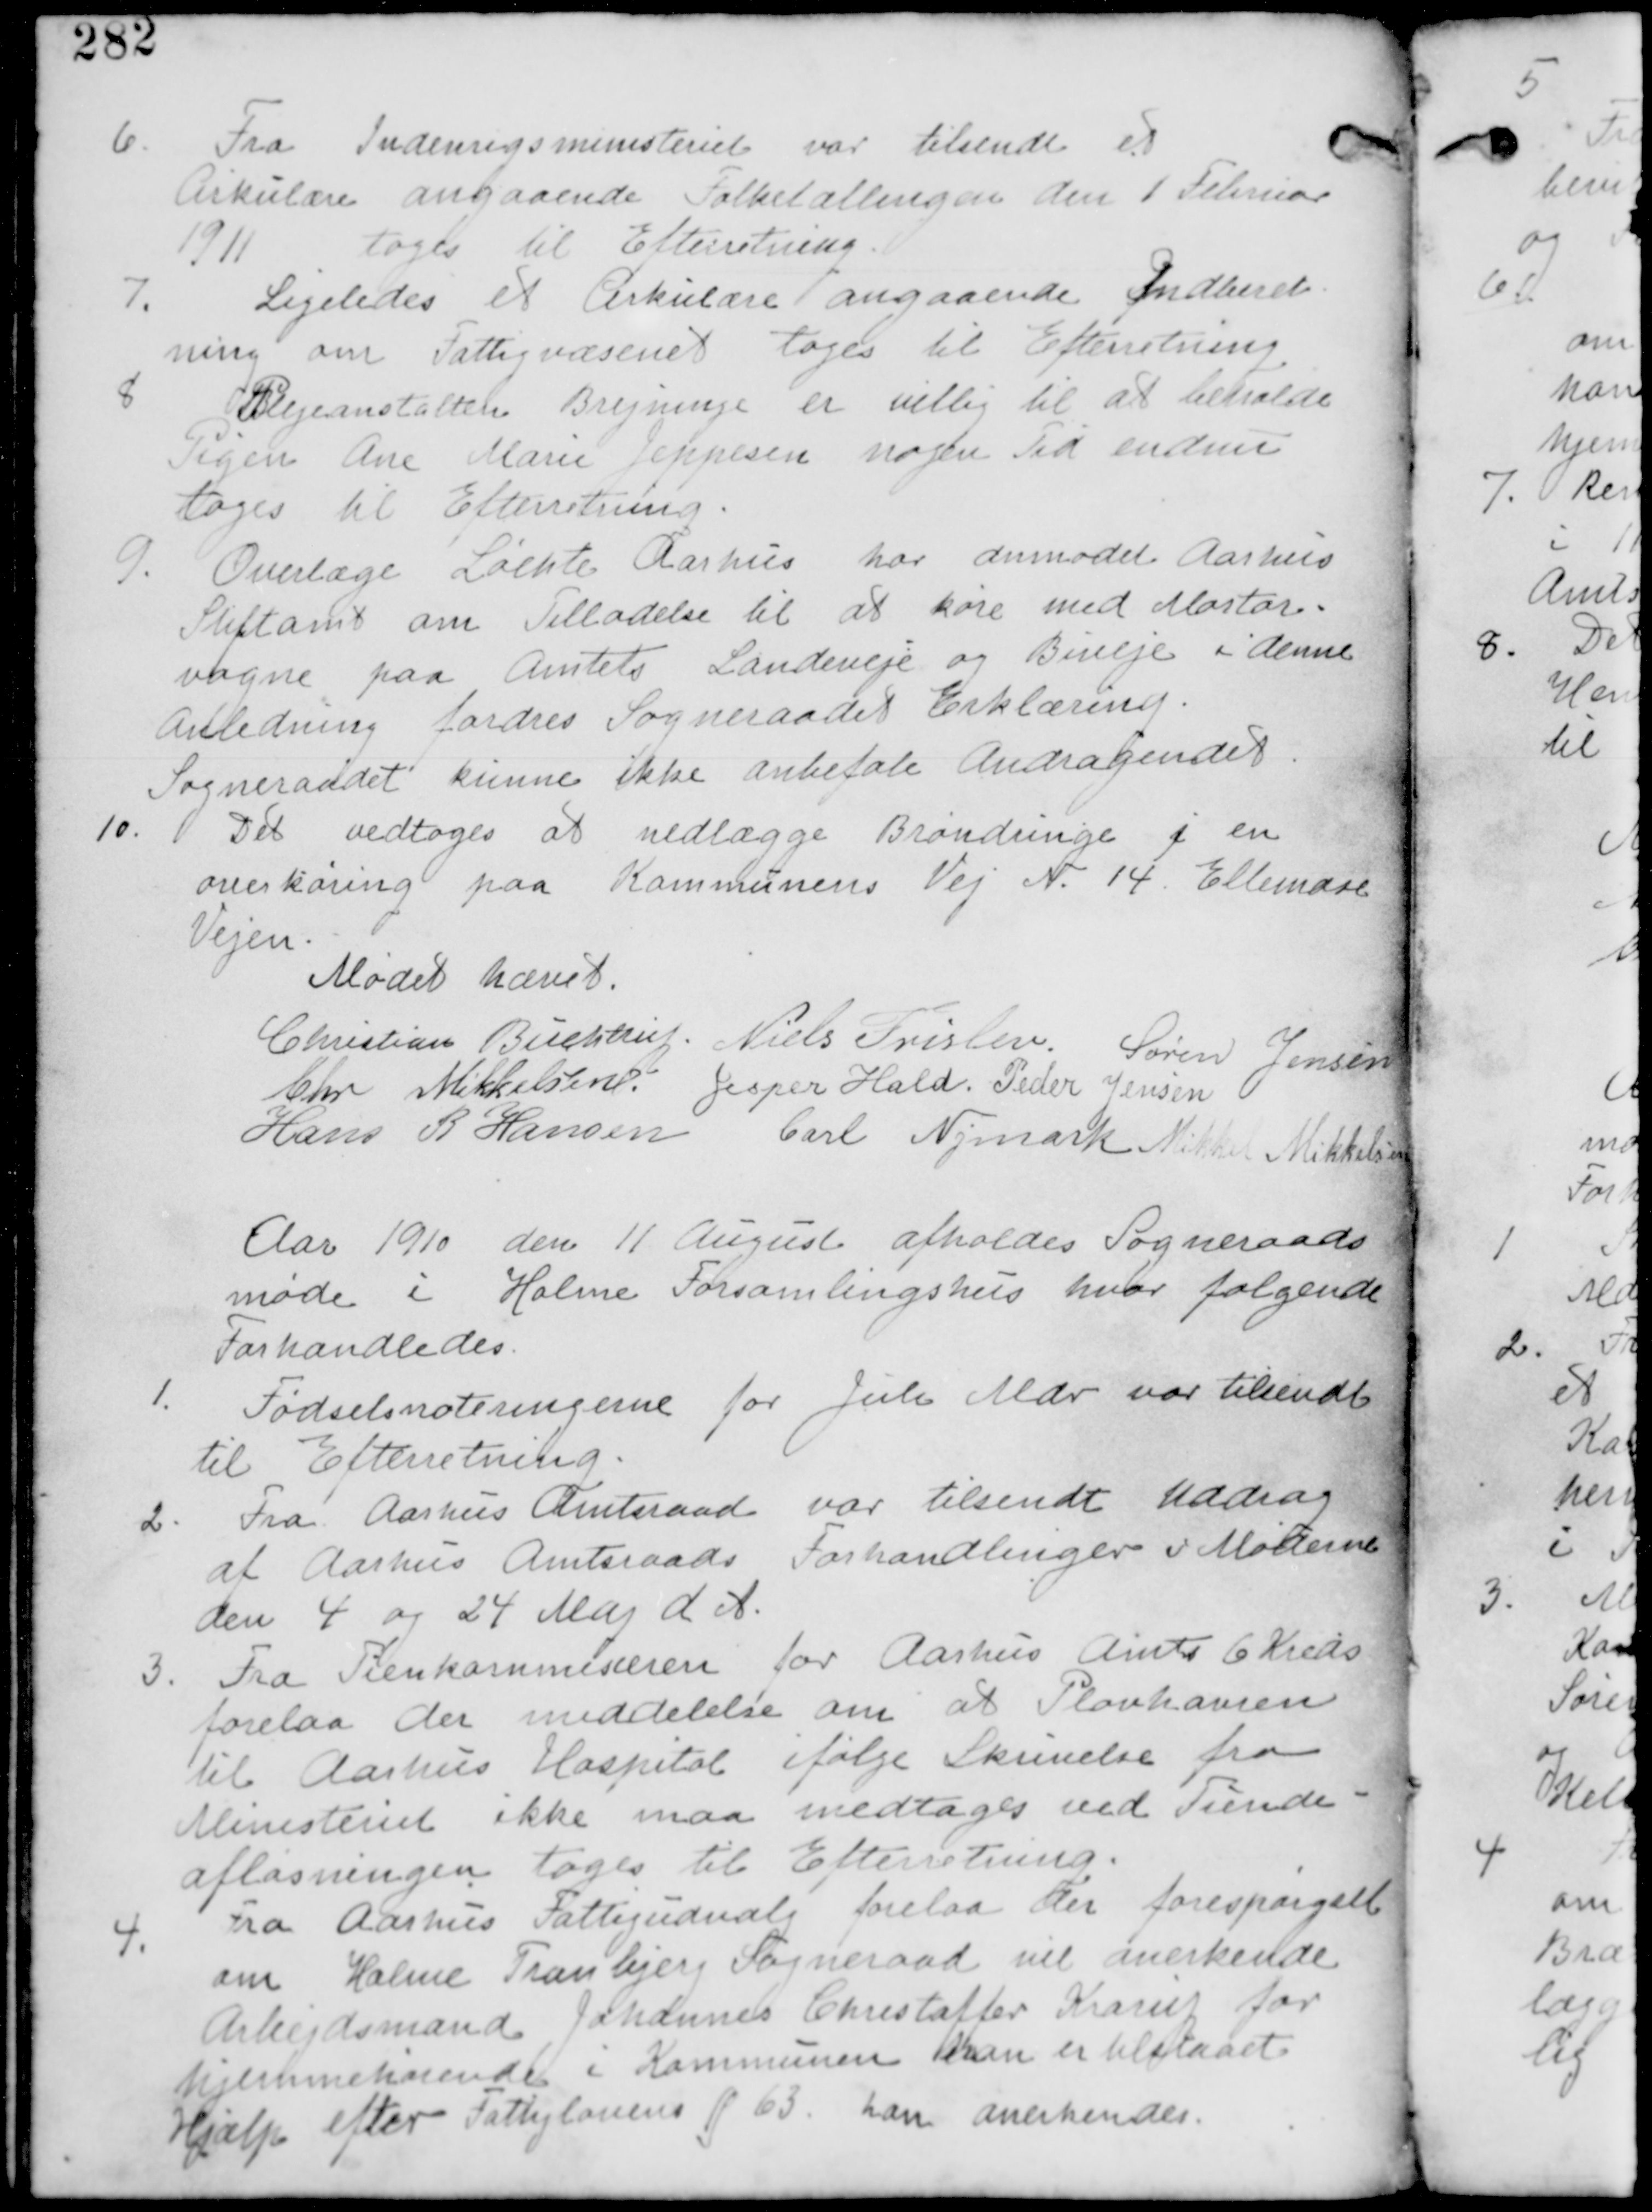
Transskription:
6.
Fra Indenrigsministeriet var tilsendt et
Cirkulære angående Folketællingen den 1. Februar
1911 tages til Efterretning

7. Ligeledes et Cirkulære angaaende Indberet
ning om Fattigvæsenet tages til Efterretning

8 Plejeanstalten Brejninge er villig til at beholde
Pigen Ane Marie Jeppesen nogen Tid endnu
tages til Efterretning.

9. Overlæge Løchte Aaarhus har anmodet Aarhus
Stiftamt om Tilladelse til at køre med Mortor
vogne på Amtets Landeveje og Biveje i denne
Anledning fordres Sogneraadets Erklæring
Sogneraadet kunne ikke anbefale Andragendet.

10. Det vedtages at nedlægge Brøndringe i en
overkøring paa Kommunens Vej N. 14 Ellemose
Vejen.

Mødet hævet
Christian Buchstrup. Niels Frislev. Søren Jensen
Chr Mikkelsen. Jesper Hald. Peder Jensen
Hans R Hansen Carl Nymark Niels Mikkelsen

Aar 1910 den 11 August afholdes Sogneraads
møde i Holme Forsamlingshus  hvor følgende
Forhandledes.

1.
Fødselsnoteringerne for Juli Mdr var tilsendt
til Efterretnng

2. Fra Aarhus Amtsraad var tilsendt Uddrag
af Aarhus Amtsraads Forhandlinger v Møderne
den 4 og 24 Maj d A.

3. Fra Tienkommisæren for Aarhus Amts 6 Kreds
forelaa der meddelelse om at Plovhavren
til Aarhus Hospital ifølge Skrivelse fra
Ministeriet ikke maa medtages ved Tiende-
aflasningen tages til Efterretning

4.
Fra Aarhus Fattigudvalg forelaa der forespørgsel
om Holme Tranbjerg Sogneraad vil anerkende
Arbejdsmand Johannes Christoffer Krarup for
hjemmehørende i Kommunen han er tilstaaet
Hjælp efter Fattiglovens § 63. han anerkendes.